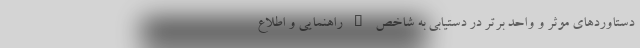
دستاوردهای موثر و واحد برتر در دستیابی به شاخص " راهنمایی و اطلاع